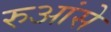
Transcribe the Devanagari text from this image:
रुआंसे